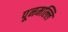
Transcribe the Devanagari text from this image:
पूनमल्लि